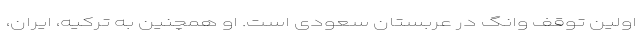
اولین توقف وانگ در عربستان سعودی است. او همچنین به ترکیه، ایران،